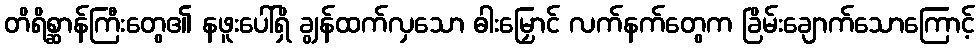
တိရိစ္ဆာန်ကြီးတွေ၏ နဖူးပေါ်ရှိ ချွန်ထက်လှသော ဓါးမြှောင် လက်နက်တွေက ခြိမ်းချောက်သောကြောင့်